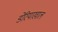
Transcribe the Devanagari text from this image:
डेरियाखाल